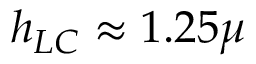
h _ { L C } \approx 1 . 2 5 \mu